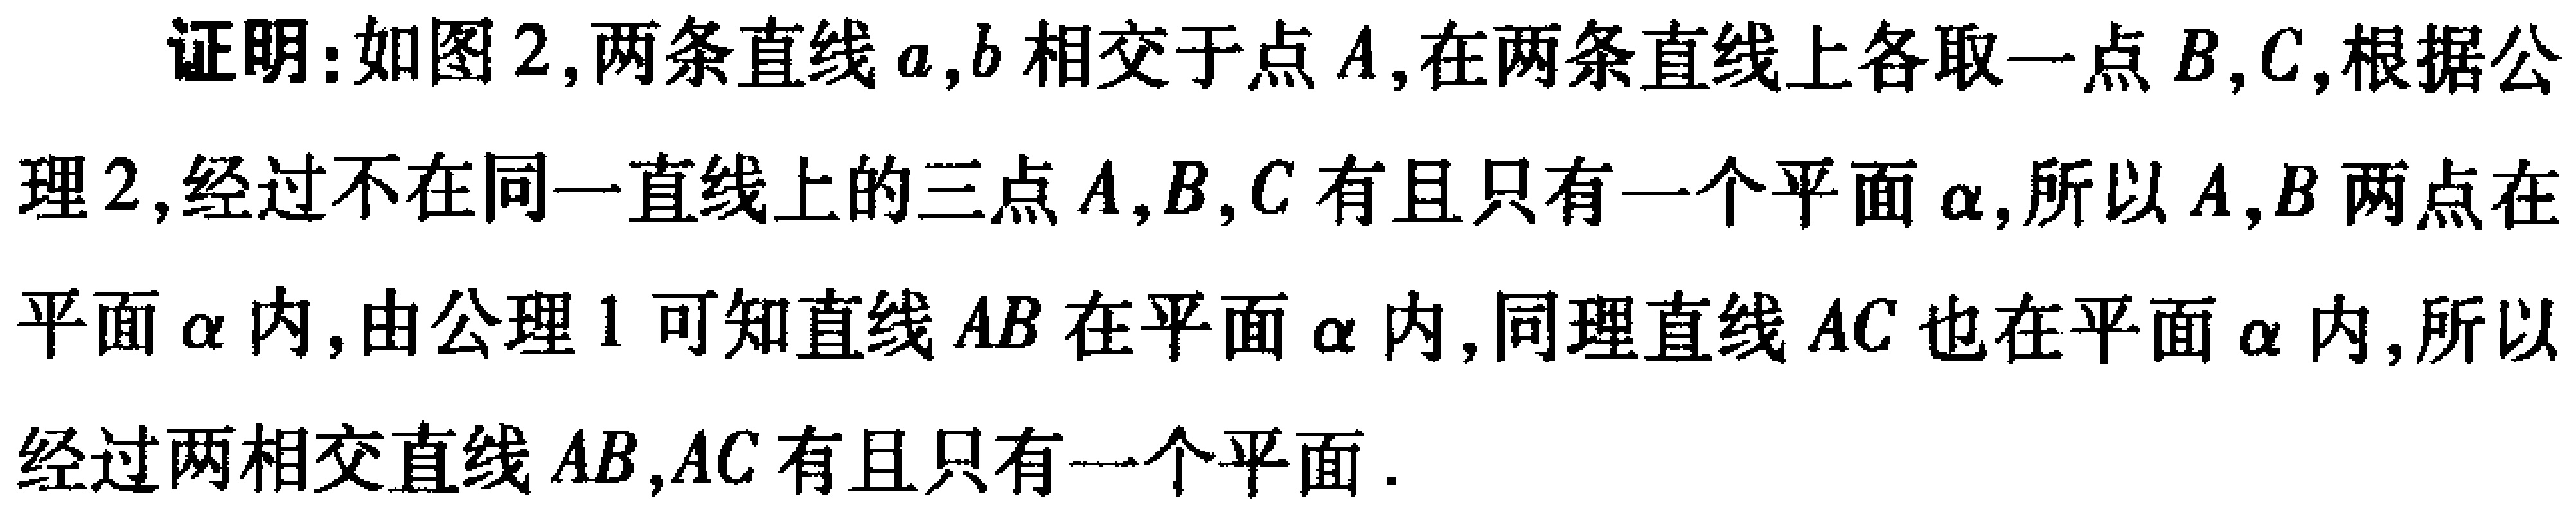
证明：如图2,两条直线\(a,b\)相交于点\(A\),在两条直线上各取一点\(B,C\),根据公理2,经过不在同一直线上的三点\(A,B,C\)有且只有一个平面\(\alpha\),所以\(A,B\)两点在平面\(\alpha\)内,由公理1可知直线\(AB\)在平面\(\alpha\)内,同理直线\(AC\)也在平面\(\alpha\)内,所以经过两相交直线\(AB,AC\)有且只有一个平面.